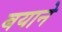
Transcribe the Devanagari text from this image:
बयाने